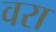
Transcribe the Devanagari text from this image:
वरा